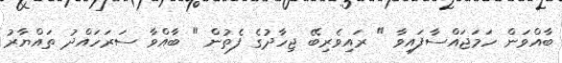
ބާއްވަން ހަމަޖައްސާފައިވާ " ރައިވެރިބޭ ޖިހާދުގެ ފެތުން " ބާއްވާ ސަރަހައްދު ތައްޔާރު